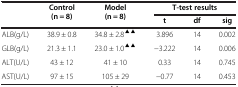
| <ROWSPAN=2>  | <ROWSPAN=2> Control(n = 8) | <ROWSPAN=2> Model(n = 8) | <COLSPAN=3> T-test results |
 | t | df | sig |
 | --- | --- | --- | --- | --- | --- |
 | ALB(g/L) | 38.9 ± 0.8 | 34.8 ± 2.8▲▲ | 3.896 | 14 | 0.002 |
 | GLB(g/L) | 21.3 ± 1.1 | 23.0 ± 1.0▲▲ | −3.222 | 14 | 0.006 |
 | ALT(U/L) | 43 ± 12 | 41 ± 10 | 0.33 | 14 | 0.745 |
 | AST(U/L) | 97 ± 15 | 105 ± 29 | −0.77 | 14 | 0.453 |